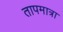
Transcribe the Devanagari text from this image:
तापमात्रा